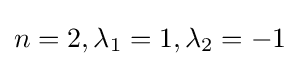
n=2,\lambda _{1}=1,\lambda _{2}=-1